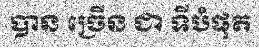
បាន ច្រើន ជា ទីបំផុត